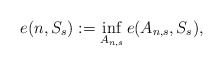
\begin{align*}e(n,S_s):=\inf_{A_{n,s}} e(A_{n,s},S_s),\end{align*}